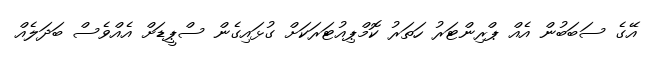
އޭގެ ސަބަބުން އެއް ޕްރިންޓަރު ހަތަރު ކޮމްޕިއުޓަރަކަށް ގުޅައިގެން ސްޕީޑަށް އެއްވެސް ބަދަލެއް